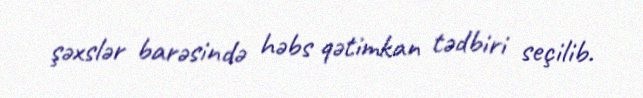
şəxslər barəsində həbs qətimkan tədbiri seçilib.